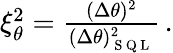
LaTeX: \begin{array}{r}{\xi_{\theta}^{2}=\frac{(\Delta\theta)^{2}}{(\Delta\theta)_{\mathrm{~S~Q~L~}}^{2}}\, .}\end{array}